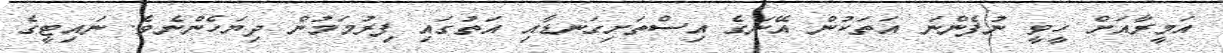
އަމީރާއަށް ހީވީ ނުފެންނަ އަތަކުން އޭނަގެ އިސްތަށިގަނޑާއި އަތުގައި ފިރުމަމުން ދިޔަހެންނެވެ. ނައިޓީގެ